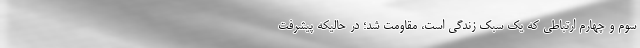
سوم و چهارم ارتباطی که یک سبک زندگی است، مقاومت شد؛ در حالیکه پیشرفت